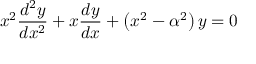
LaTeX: x ^ { 2 } { \frac { d ^ { 2 } y } { d x ^ { 2 } } } + x { \frac { d y } { d x } } + \left( x ^ { 2 } - \alpha ^ { 2 } \right) y = 0